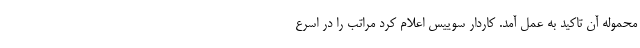
محموله آن تاکید به عمل آمد. کاردار سوییس اعلام کرد مراتب را در اسرع